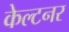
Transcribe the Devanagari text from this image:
केल्टनर